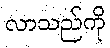
လာသည်ကို